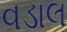
વડાલ